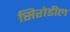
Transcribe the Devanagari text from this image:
सिरोडील